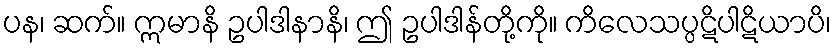
ပန၊ ဆက်။ ဣမာနိ ဥပါဒါနာနိ၊ ဤ ဥပါဒါန်တို့ကို။ ကိလေသပ္ပဋိပါဋိယာပိ၊